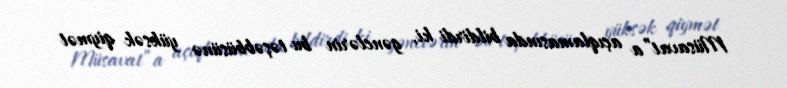
Müsavat”a açıqlamasında bildirdi ki, gənclərin bu təşəbbüsünə yüksək qiymət